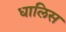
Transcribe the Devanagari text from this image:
धालिस